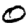
Digit: 0